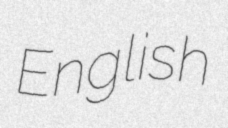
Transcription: English